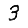
Digit: 3